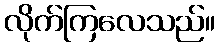
လိုက်ကြလေသည်။